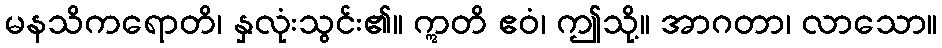
မနသိကရောတိ၊ နှလုံးသွင်း၏။ ဣတိ ဧဝံ၊ ဤသို့။ အာဂတာ၊ လာသော။